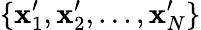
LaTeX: \{ \mathbf{x}_{1}^{\prime},\mathbf{x}_{2}^{\prime},\ldots,\mathbf{x}_{N}^{\prime}\}